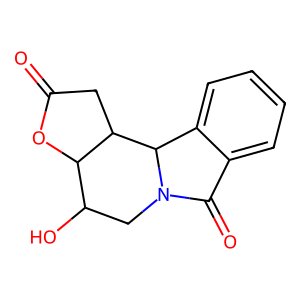
SMILES: O=C1CC2C(O1)C(O)CN1C(=O)c3ccccc3C21
Inhibits HIV replication: No